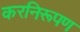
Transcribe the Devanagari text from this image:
करनिरूपण